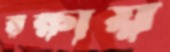
রক্ষায়